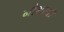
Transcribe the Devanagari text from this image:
नौशरवाँ